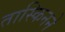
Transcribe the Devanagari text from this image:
तास्किनने